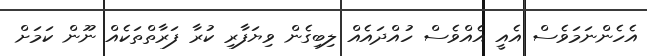
އެހެންނަމަވެސް އެއީ އެއްވެސް ހުއްދައެއް ލިބިގެން ވިޔަފާރި ކުރާ ފަރާތްތަކެއް ނޫން ކަމަށް